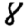
Digit: 8